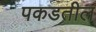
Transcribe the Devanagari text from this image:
पकडतील